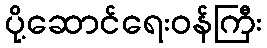
ပို့ဆောင်ရေးဝန်ကြီး